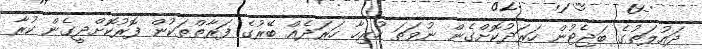
ދައުލަތުގެ ބަޖެޓުން ހަރަދުކޮށްގެން ނުވަތަ ހުރިހާ ހަރަދެއް ބޭރުގެ ފަރާތްތަކުން ފޮރުކޮށްދީގެން ކުރާ